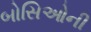
બોસિઓની